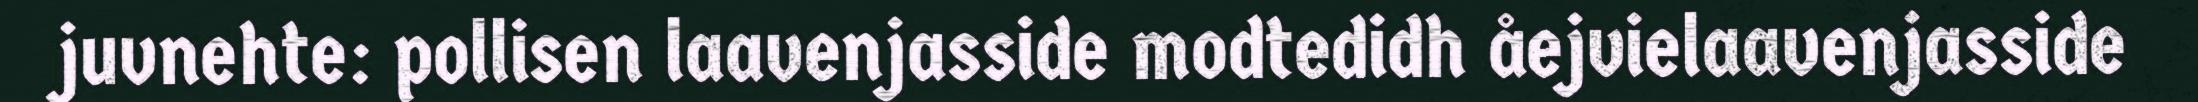
juvnehte: pollisen laavenjasside modtedidh åejvielaavenjasside